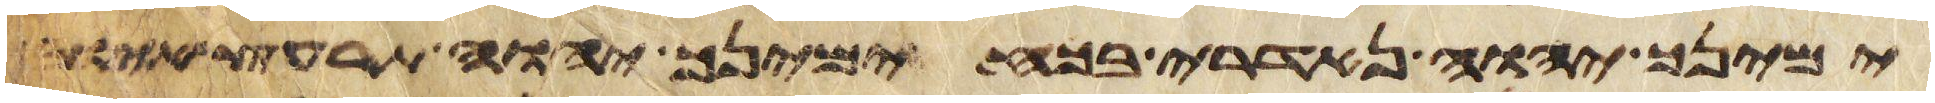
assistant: ימינך יהוה נדארי בכח ימינך יהוה תרעץ אויב